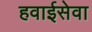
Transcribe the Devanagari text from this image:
हवाईसेवा